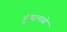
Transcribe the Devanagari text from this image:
हुंड्यामध्ये